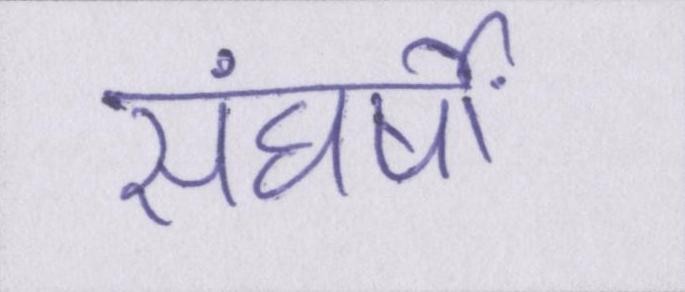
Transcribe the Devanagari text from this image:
संघर्षों